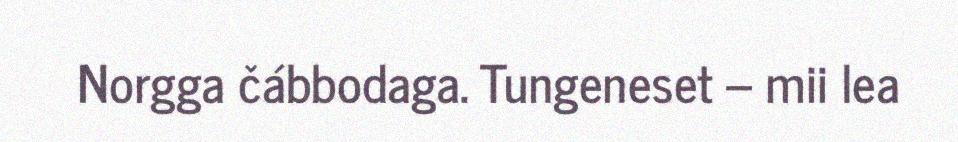
Norgga čábbodaga. Tungeneset – mii lea